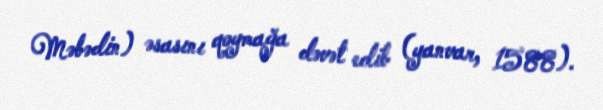
Məbədin) əsasını qoymağa dəvət edib (yanvar, 1588).